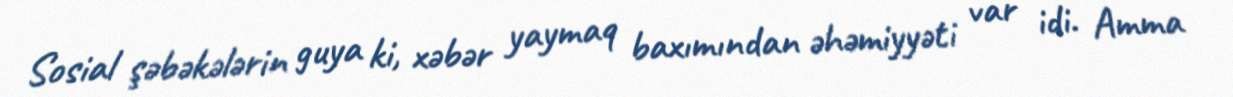
Sosial şəbəkələrin guya ki, xəbər yaymaq baxımından əhəmiyyəti var idi. Amma